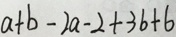
a + b - 2 a - 2 + 3 b + 6